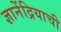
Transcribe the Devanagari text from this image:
ज्ञानेंद्रियाची